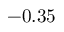
- 0 . 3 5